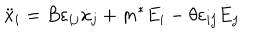
\ddot { x } _ { i } = B \varepsilon _ { i j } \dot { x } _ { j } + m ^ { * } E _ { i } - \theta \varepsilon _ { i j } \dot { E } _ { j }